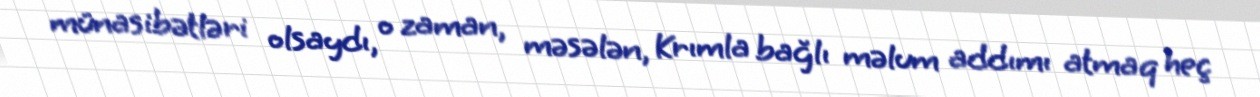
münasibətləri olsaydı, o zaman, məsələn, Krımla bağlı məlum addımı atmaq heç